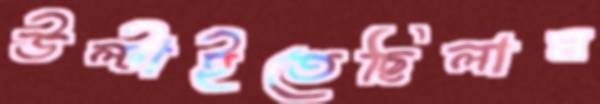
উল্‌টাইতেছিলাম